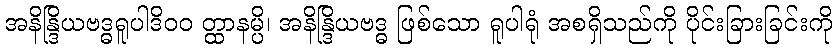
အနိန္ဒြိယဗဒ္ဓရူပါဒိ၀၀ တ္ထာနမ္ပိ၊ အနိန္ဒြိယဗဒ္ဓ ဖြစ်သော ရူပါရုံ အစရှိသည်ကို ပိုင်းခြားခြင်းကို